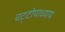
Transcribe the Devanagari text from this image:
चट्‌टोपाध्याय